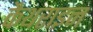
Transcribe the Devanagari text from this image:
कैथराइन